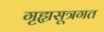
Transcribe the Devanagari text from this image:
गृह्यसूत्रगत